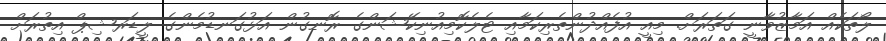
ލޯތަކެއް އަމާޒުވާނީ ގަތަރަށް. މިއީ އުފެއްދުންތެރިކަމާއި ޓެލެކޮމިއުނިކޭޝަންގެ ރޮނގުން އަޅުގަނޑުމެންގެ ލީޑަރޝިޕް އިތުރަށް